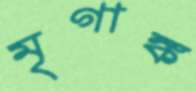
মৃগাঙ্ক